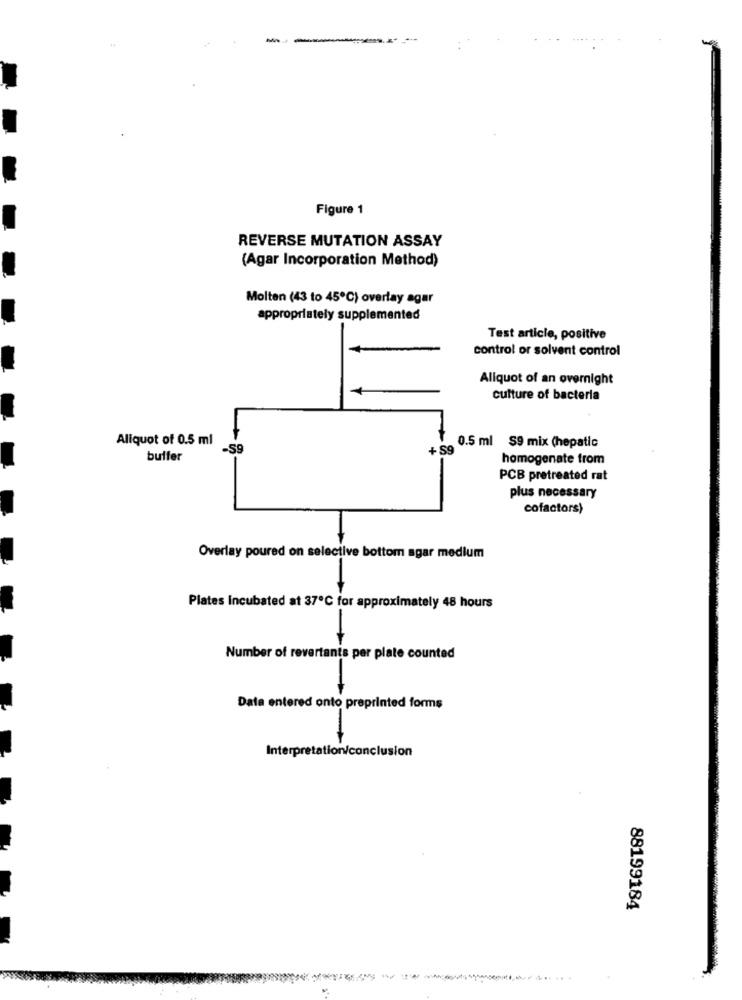
Figure 1
REVERSE MUTATION ASSAY
(Agar Incorporation Method)
Molten (43 to 45℃) overlay agar
appropriately supplemented
Test article, positive
control or solvent control
Aliquot of an overnight
culture of bacteria
Aliquot of 0.5 ml
0.5 ml S9 mix (hepatic
-59
+59
buffer
homogenate from
PCB pretreated rat
plus necessary
cofactors)
Overlay poured on selective bottom agar medium
Plates Incubated at 37℃ for approximately 48 hours
Number of revertants per plate counted
Data entered onto preprinted forms
Interpretation/conclusion
88199184